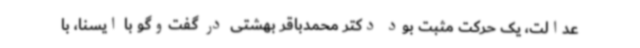
عدالت، یک حرکت مثبت بود دکتر محمدباقر بهشتی در گفت‌وگو با ایسنا، با